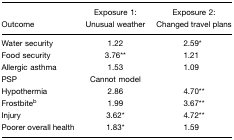
<table><thead><tr><td><b>Outcome</b></td><td><b>Exposure 1: Unusual weather</b></td><td><b>Exposure 2: Changed travel plans</b></td></tr></thead><tbody><tr><td>Water security</td><td>1.22</td><td>2.59*</td></tr><tr><td>Food security</td><td>3.76**</td><td>1.21</td></tr><tr><td>Allergic asthma</td><td>1.53</td><td>1.09</td></tr><tr><td>PSP</td><td>Cannot model</td><td></td></tr><tr><td>Hypothermia</td><td>2.86</td><td>4.70**</td></tr><tr><td>Frostbiteb</td><td>1.99</td><td>3.67**</td></tr><tr><td>Injury</td><td>3.62*</td><td>4.72**</td></tr><tr><td>Poorer overall health</td><td>1.83*</td><td>1.59</td></tr></tbody></table>